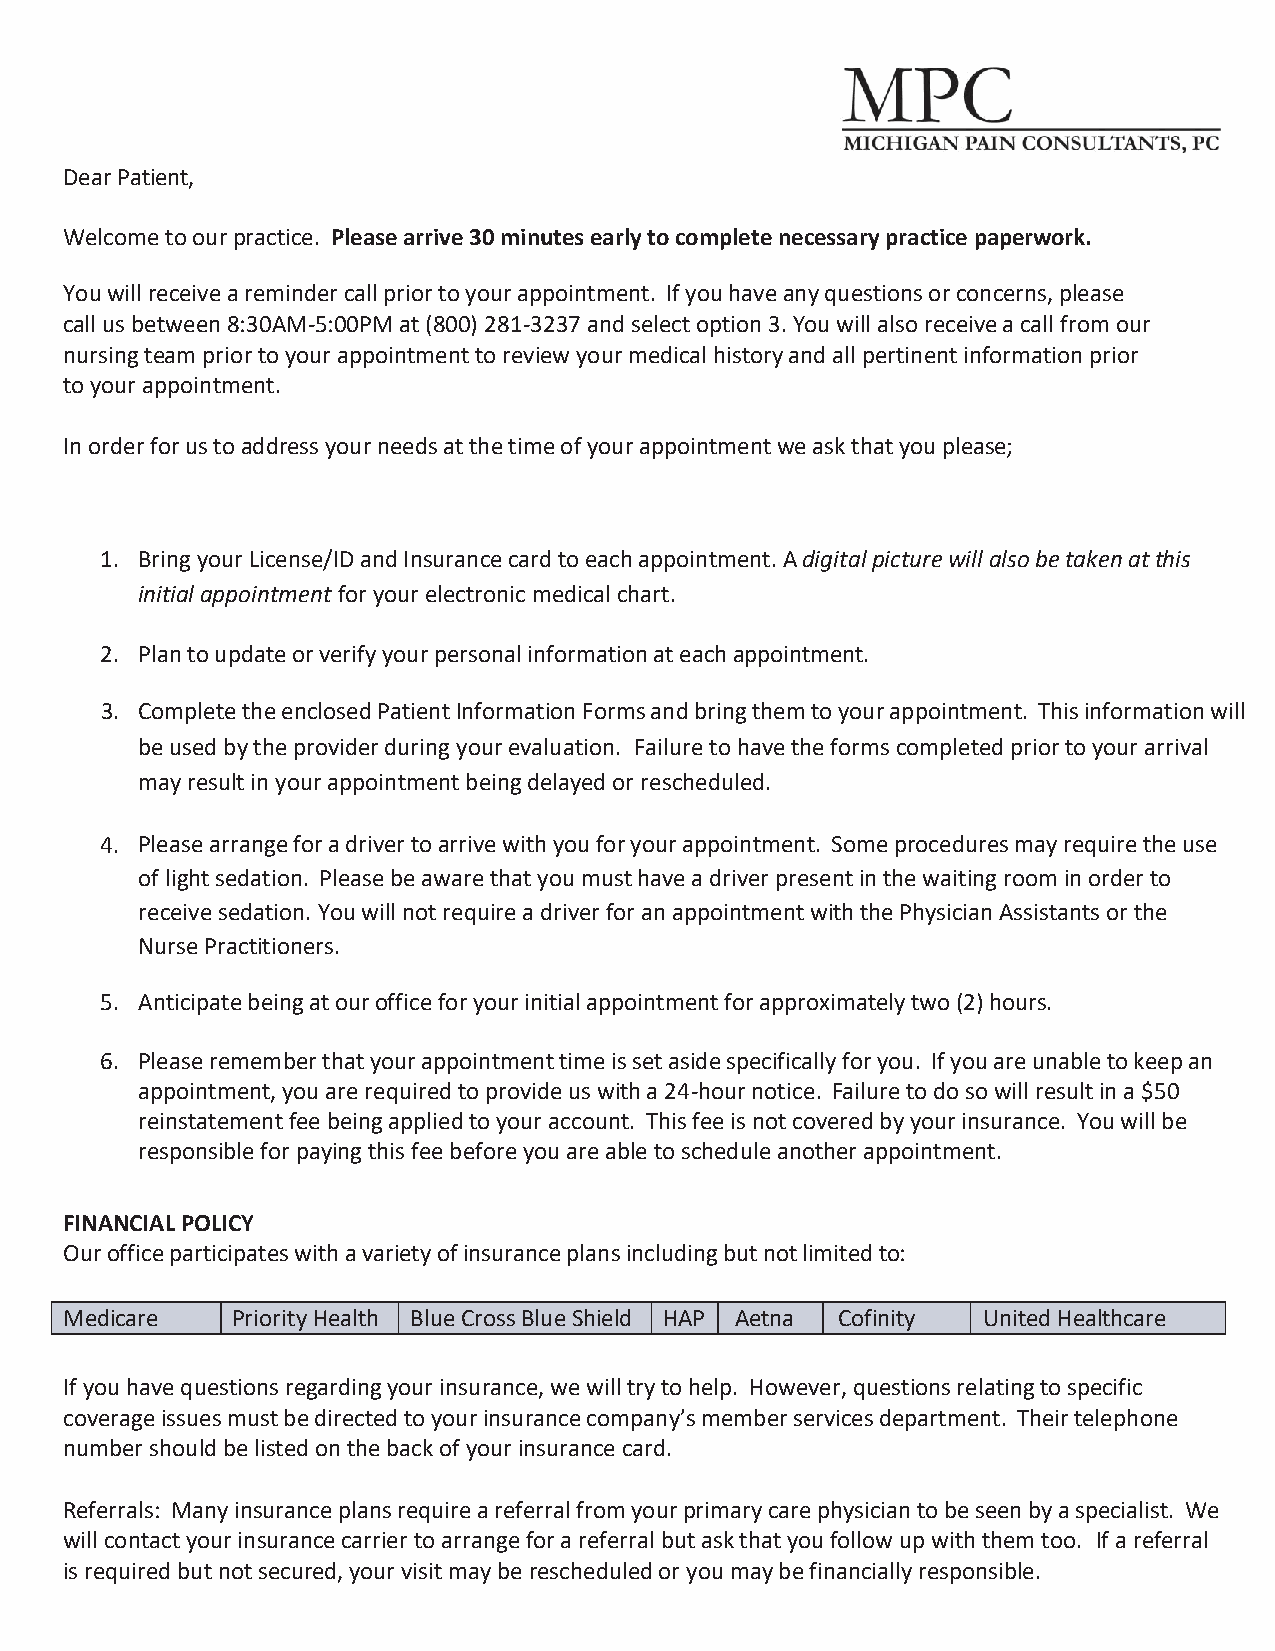
Dear Patient,
 Welcome to our practice. Please arrive 30 minutes early to complete necessary practice paperwork.
 You will receive a reminder call prior to your appointment. If you have any questions or concerns, please
 call us between 8:30AM-5:00PM at (800) 281-3237 and select option 3. You will also receive a call from our
 nursing team prior to your appointment to review your medical history and all pertinent information prior
 to your appointment.
 In order for us to address your needs at the time of your appointment we ask that you please;
 1. Bring your License/ID and Insurance card to each appointment. A digital picture will also be taken at this
 initial appointment for your electronic medical chart.
 2. Plan to update or verify your personal information at each appointment.
 3. Complete the enclosed Patient Information Forms and bring them to your appointment. This information will
 be used by the provider during your evaluation. Failure to have the forms completed prior to your arrival
 may result in your appointment being delayed or rescheduled.
 4. Please arrange for a driver to arrive with you for your appointment. Some procedures may require the use
 of light sedation. Please be aware that you must have a driver present in the waiting room in order to
 receive sedation. You will not require a driver for an appointment with the Physician Assistants or the
 Nurse Practitioners.
 5. Anticipate being at our office for your initial appointment for approximately two (2) hours.
 6. Please remember that your appointment time is set aside specifically for you. If you are unable to keep an
 appointment, you are required to provide us with a 24-hour notice. Failure to do so will result in a $50
 reinstatement fee being applied to your account. This fee is not covered by your insurance. You will be
 responsible for paying this fee before you are able to schedule another appointment.
 FINANCIAL POLICY
 Our office participates with a variety of insurance plans including but not limited to:
 Medicare   Priority Health Blue Cross Blue Shield HAP Aetna Cofinity United Healthcare
 If you have questions regarding your insurance, we will try to help. However, questions relating to specific
 coverage issues must be directed to your insurance company’s member services department. Their telephone
 number should be listed on the back of your insurance card.
 Referrals: Many insurance plans require a referral from your primary care physician to be seen by a specialist. We
 will contact your insurance carrier to arrange for a referral but ask that you follow up with them too. If a referral
 is required but not secured, your visit may be rescheduled or you may be financially responsible.